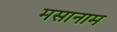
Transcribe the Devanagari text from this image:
मसानाम